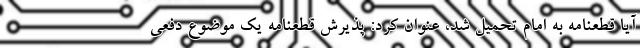
آیا قطعنامه به امام تحمیل شد، عنوان کرد: پذیرش قطعنامه یک موضوع دفعی